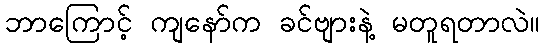
ဘာကြောင့် ကျနော်က ခင်ဗျားနဲ့ မတူရတာလဲ။